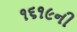
૧૬૧૯ની